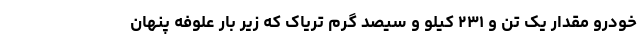
خودرو مقدار یک تن و ۲۳۱ کیلو و سیصد گرم تریاک که زیر بار علوفه پنهان